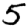
Digit: 5